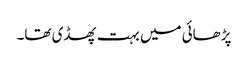
پڑھائی میں بہت پھسڈی تھا۔